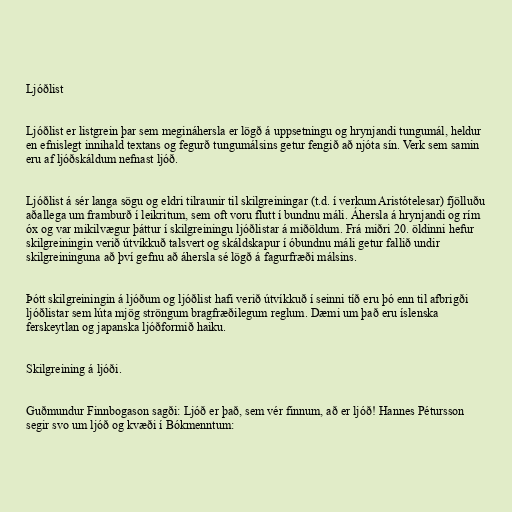
Ljóðlist

Ljóðlist er listgrein þar sem megináhersla er lögð á uppsetningu og hrynjandi tungumál, heldur
en efnislegt innihald textans og fegurð tungumálsins getur fengið að njóta sín. Verk sem samin
eru af ljóðskáldum nefnast ljóð.

Ljóðlist á sér langa sögu og eldri tilraunir til skilgreiningar (t.d. í verkum Aristótelesar) fjölluðu
aðallega um framburð í leikritum, sem oft voru flutt í bundnu máli. Áhersla á hrynjandi og rím
óx og var mikilvægur þáttur í skilgreiningu ljóðlistar á miðöldum. Frá miðri 20. öldinni hefur
skilgreiningin verið útvíkkuð talsvert og skáldskapur í óbundnu máli getur fallið undir
skilgreininguna að því gefnu að áhersla sé lögð á fagurfræði málsins.

Þótt skilgreiningin á ljóðum og ljóðlist hafi verið útvíkkuð í seinni tíð eru þó enn til afbrigði
ljóðlistar sem lúta mjög ströngum bragfræðilegum reglum. Dæmi um það eru íslenska
ferskeytlan og japanska ljóðformið haiku.

Skilgreining á ljóði.

Guðmundur Finnbogason sagði: Ljóð er það, sem vér finnum, að er ljóð! Hannes Pétursson
segir svo um ljóð og kvæði í Bókmenntum: